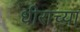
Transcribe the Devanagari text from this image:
धीराच्या